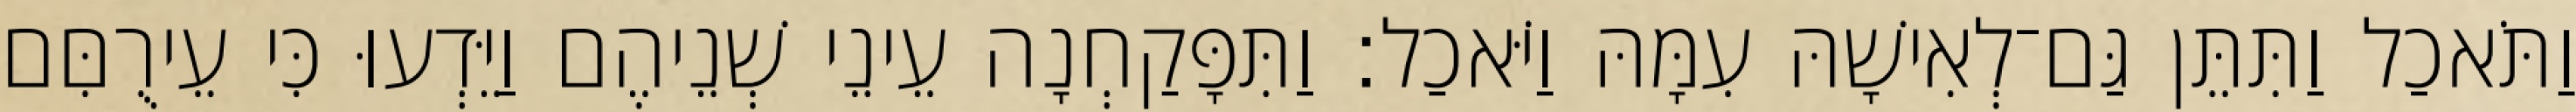
וַתֹּאכַל וַתִּתֵּן גַּם־לְאִישָׁהּ עִמָּהּ וַיֹּאכַל׃ וַתִּפָּקַחְנָה עֵינֵי שְׁנֵיהֶם וַיֵּדְעוּ כִּי עֵירֻםִּם